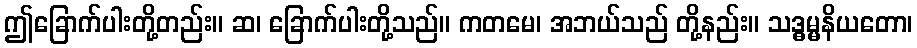
ဤခြောက်ပါးတို့တည်း။ ဆ၊ ခြောက်ပါးတို့သည်။ ကတမေ၊ အဘယ်သည် တို့နည်း။ သဒ္ဓမ္မနိယတော၊